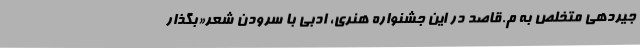
جیردهی متخلص به م.قاصد در این جشنواره هنری، ادبی با سرودن شعر«بگذار